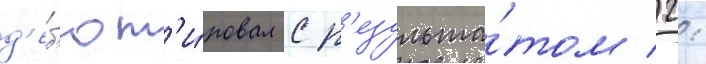
д'еб'ют'и́ровал с р'езульта́том 2: